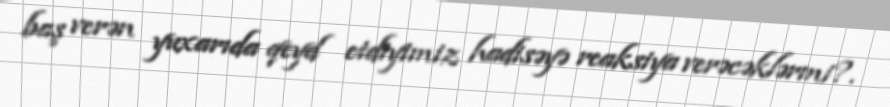
baş verən yuxarıda qeyd etdiyimiz hadisəyə reaksiya verəcəklərmi?.